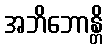
အဘိဘောန္တိ